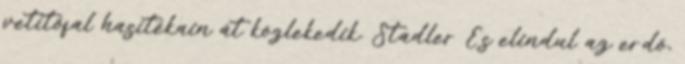
vetítőfal hasítékain át közlekedik. Stadler És elindul az erdő,